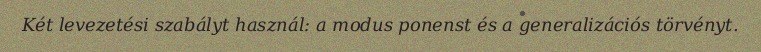
Két levezetési szabályt használ: a modus ponenst és a generalizációs törvényt.